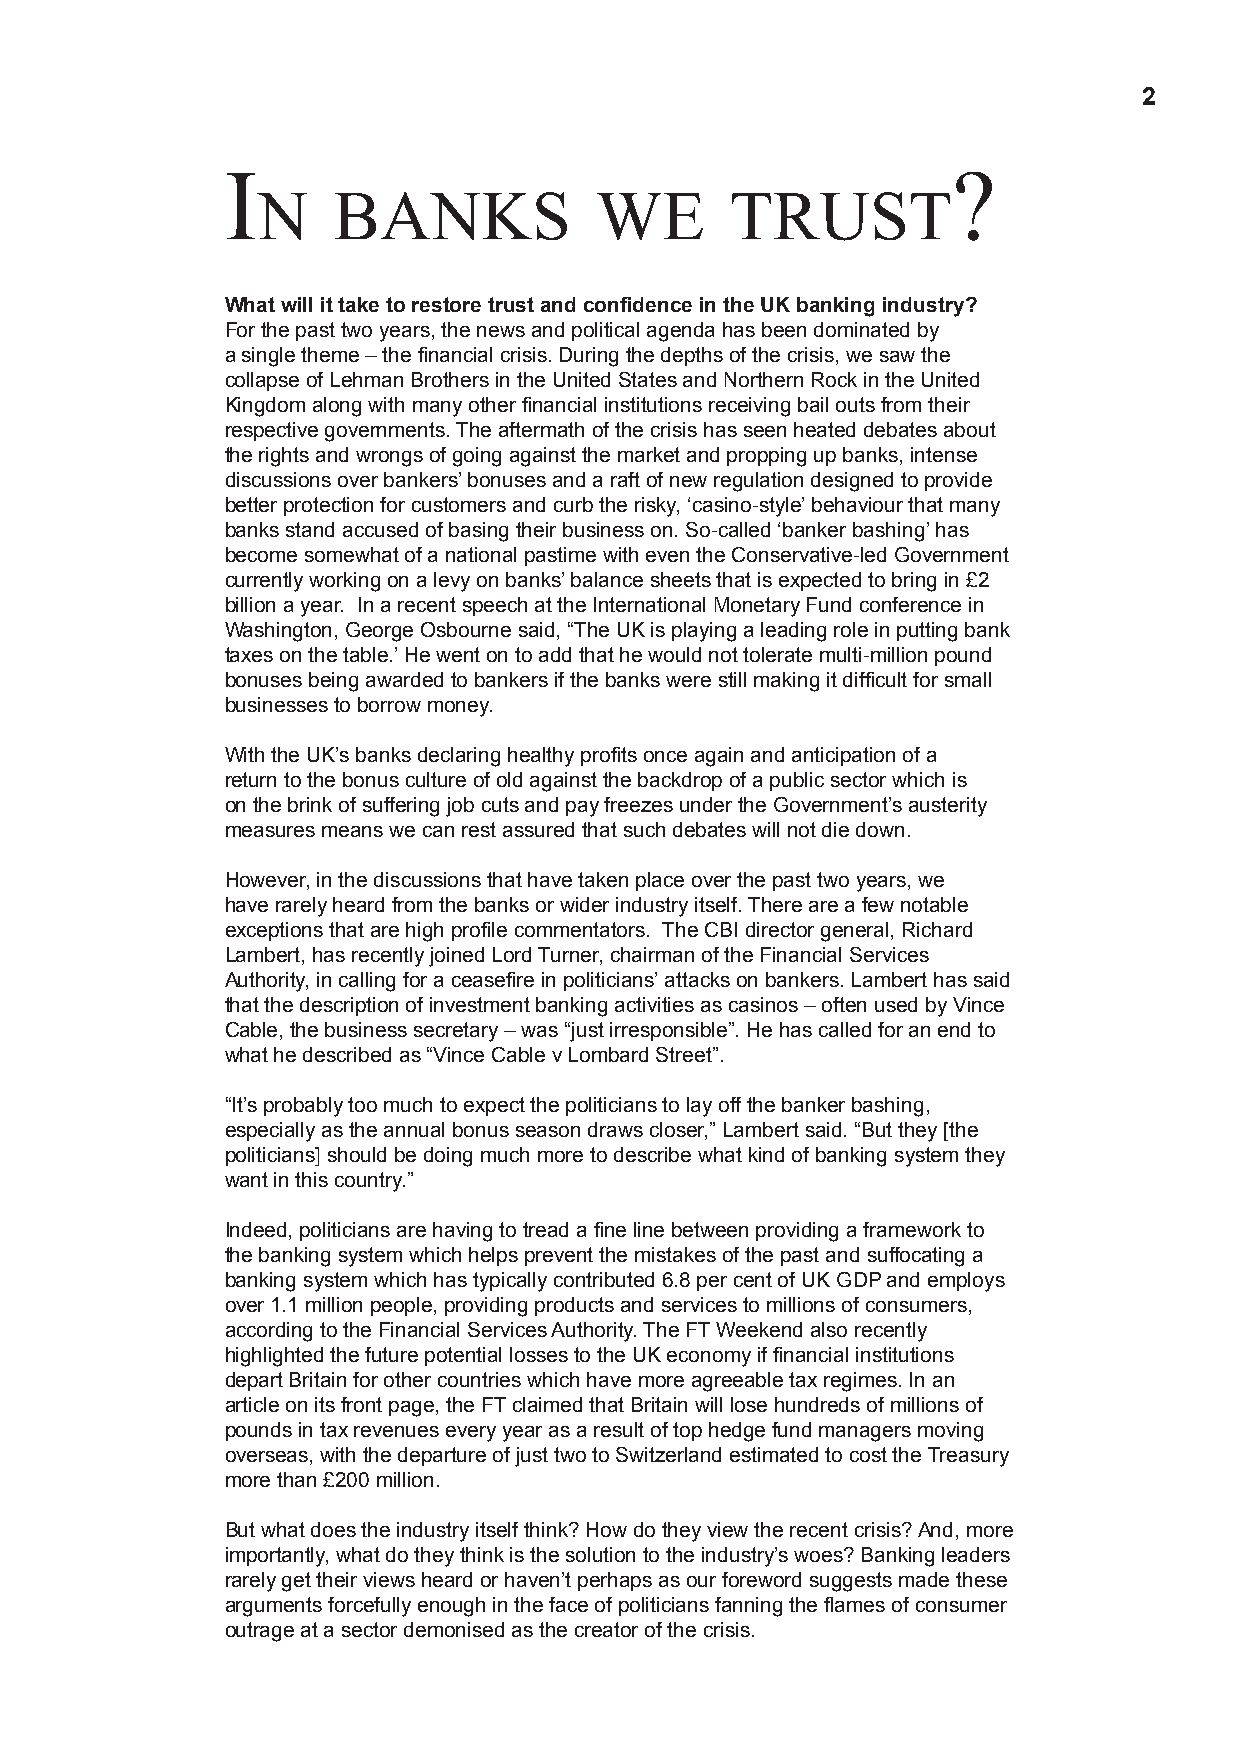
2
 I                                               ?
 n    banks            we       trust
 What will it take to restore trust and confidence in the UK banking industry?
 For the past two years, the news and political agenda has been dominated by
 a single theme – the financial crisis. During the depths of the crisis, we saw the
 collapse of Lehman Brothers in the United States and Northern Rock in the United
 Kingdom along with many other financial institutions receiving bail outs from their
 respective governments. The aftermath of the crisis has seen heated debates about
 the rights and wrongs of going against the market and propping up banks, intense
 discussions over bankers’ bonuses and a raft of new regulation designed to provide
 better protection for customers and curb the risky, ‘casino-style’ behaviour that many
 banks stand accused of basing their business on. So-called ‘banker bashing’ has
 become somewhat of a national pastime with even the Conservative-led Government
 currently working on a levy on banks’ balance sheets that is expected to bring in £2
 billion a year. In a recent speech at the International Monetary Fund conference in
 Washington, George Osbourne said, “The UK is playing a leading role in putting bank
 taxes on the table.’ He went on to add that he would not tolerate multi-million pound
 bonuses being awarded to bankers if the banks were still making it difficult for small
 businesses to borrow money.
 With the UK’s banks declaring healthy profits once again and anticipation of a
 return to the bonus culture of old against the backdrop of a public sector which is
 on the brink of suffering job cuts and pay freezes under the Government’s austerity
 measures means we can rest assured that such debates will not die down.
 However, in the discussions that have taken place over the past two years, we
 have rarely heard from the banks or wider industry itself. There are a few notable
 exceptions that are high profile commentators. The CBI director general, Richard
 Lambert, has recently joined Lord Turner, chairman of the Financial Services
 Authority, in calling for a ceasefire in politicians’ attacks on bankers. Lambert has said
 that the description of investment banking activities as casinos – often used by Vince
 Cable, the business secretary – was “just irresponsible”. He has called for an end to
 what he described as “Vince Cable v Lombard Street”.
 “It’s probably too much to expect the politicians to lay off the banker bashing,
 especially as the annual bonus season draws closer,” Lambert said. “But they [the
 politicians] should be doing much more to describe what kind of banking system they
 want in this country.”
 Indeed, politicians are having to tread a fine line between providing a framework to
 the banking system which helps prevent the mistakes of the past and suffocating a
 banking system which has typically contributed 6.8 per cent of UK GDP and employs
 over 1.1 million people, providing products and services to millions of consumers,
 according to the Financial Services Authority. The FT Weekend also recently
 highlighted the future potential losses to the UK economy if financial institutions
 depart Britain for other countries which have more agreeable tax regimes. In an
 article on its front page, the FT claimed that Britain will lose hundreds of millions of
 pounds in tax revenues every year as a result of top hedge fund managers moving
 overseas, with the departure of just two to Switzerland estimated to cost the Treasury
 more than £200 million.
 But what does the industry itself think? How do they view the recent crisis? And, more
 importantly, what do they think is the solution to the industry’s woes? Banking leaders
 rarely get their views heard or haven’t perhaps as our foreword suggests made these
 arguments forcefully enough in the face of politicians fanning the flames of consumer
 outrage at a sector demonised as the creator of the crisis.